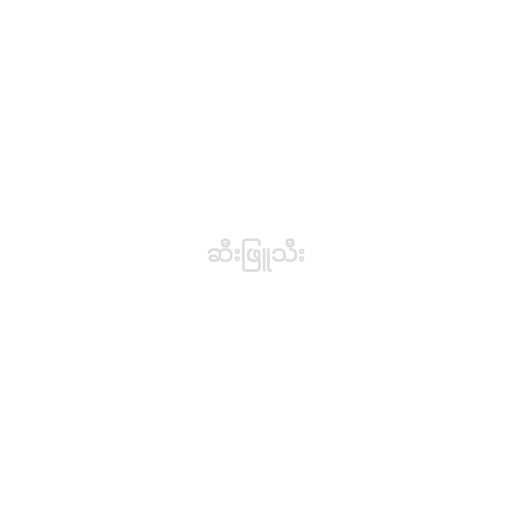
ဆီးဖြူသီး